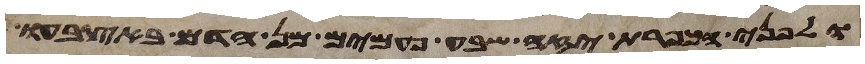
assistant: ולפני הכפרת יזה שבע פעמים מן הדם באצבעו